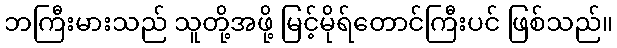
ဘကြီးမားသည် သူတို့အဖို့ မြင့်မိုရ်တောင်ကြီးပင် ဖြစ်သည်။